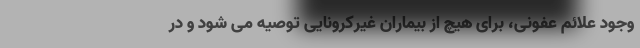
وجود علائم عفونی، برای هیچ از بیماران غیرکرونایی توصیه می شود و در